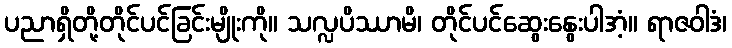
ပညာရှိတို့တိုင်ပင်ခြင်းမျိုးကို။ သလ္လပိဿာမိ၊ တိုင်ပင်ဆွေးနွေးပါအံ့။ ရာဇဝါဒံ၊